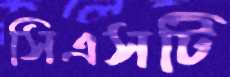
সিএসটি